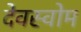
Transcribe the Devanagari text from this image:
देवस्‍वोम